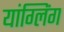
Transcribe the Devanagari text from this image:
यांग्लिंग